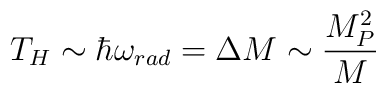
T_{H} \sim \hbar \omega_{rad} = \Delta M \sim\frac{M^{2}_{P}}{M}